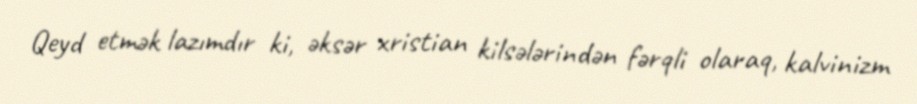
Qeyd etmək lazımdır ki, əksər xristian kilsələrindən fərqli olaraq, kalvinizm